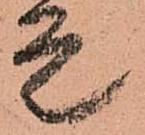
是